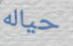
حياله